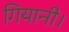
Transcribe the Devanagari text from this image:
गियानी।